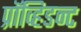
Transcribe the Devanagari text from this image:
प्रॉव्हिडन्ट